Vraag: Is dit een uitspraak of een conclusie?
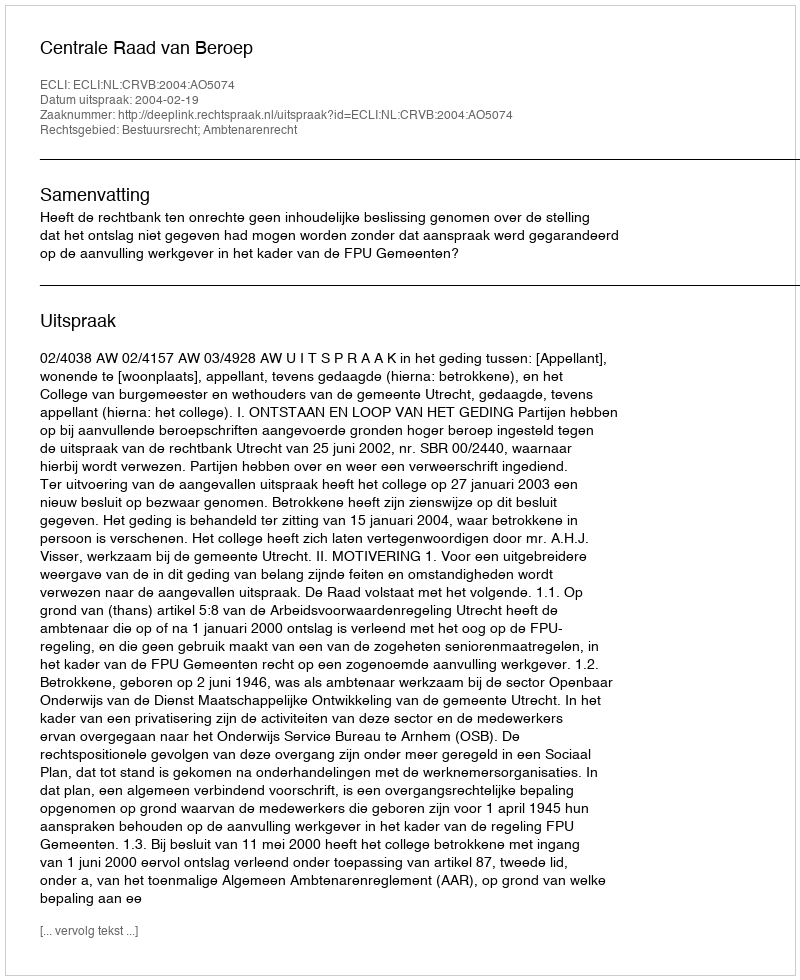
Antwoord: Uitspraak